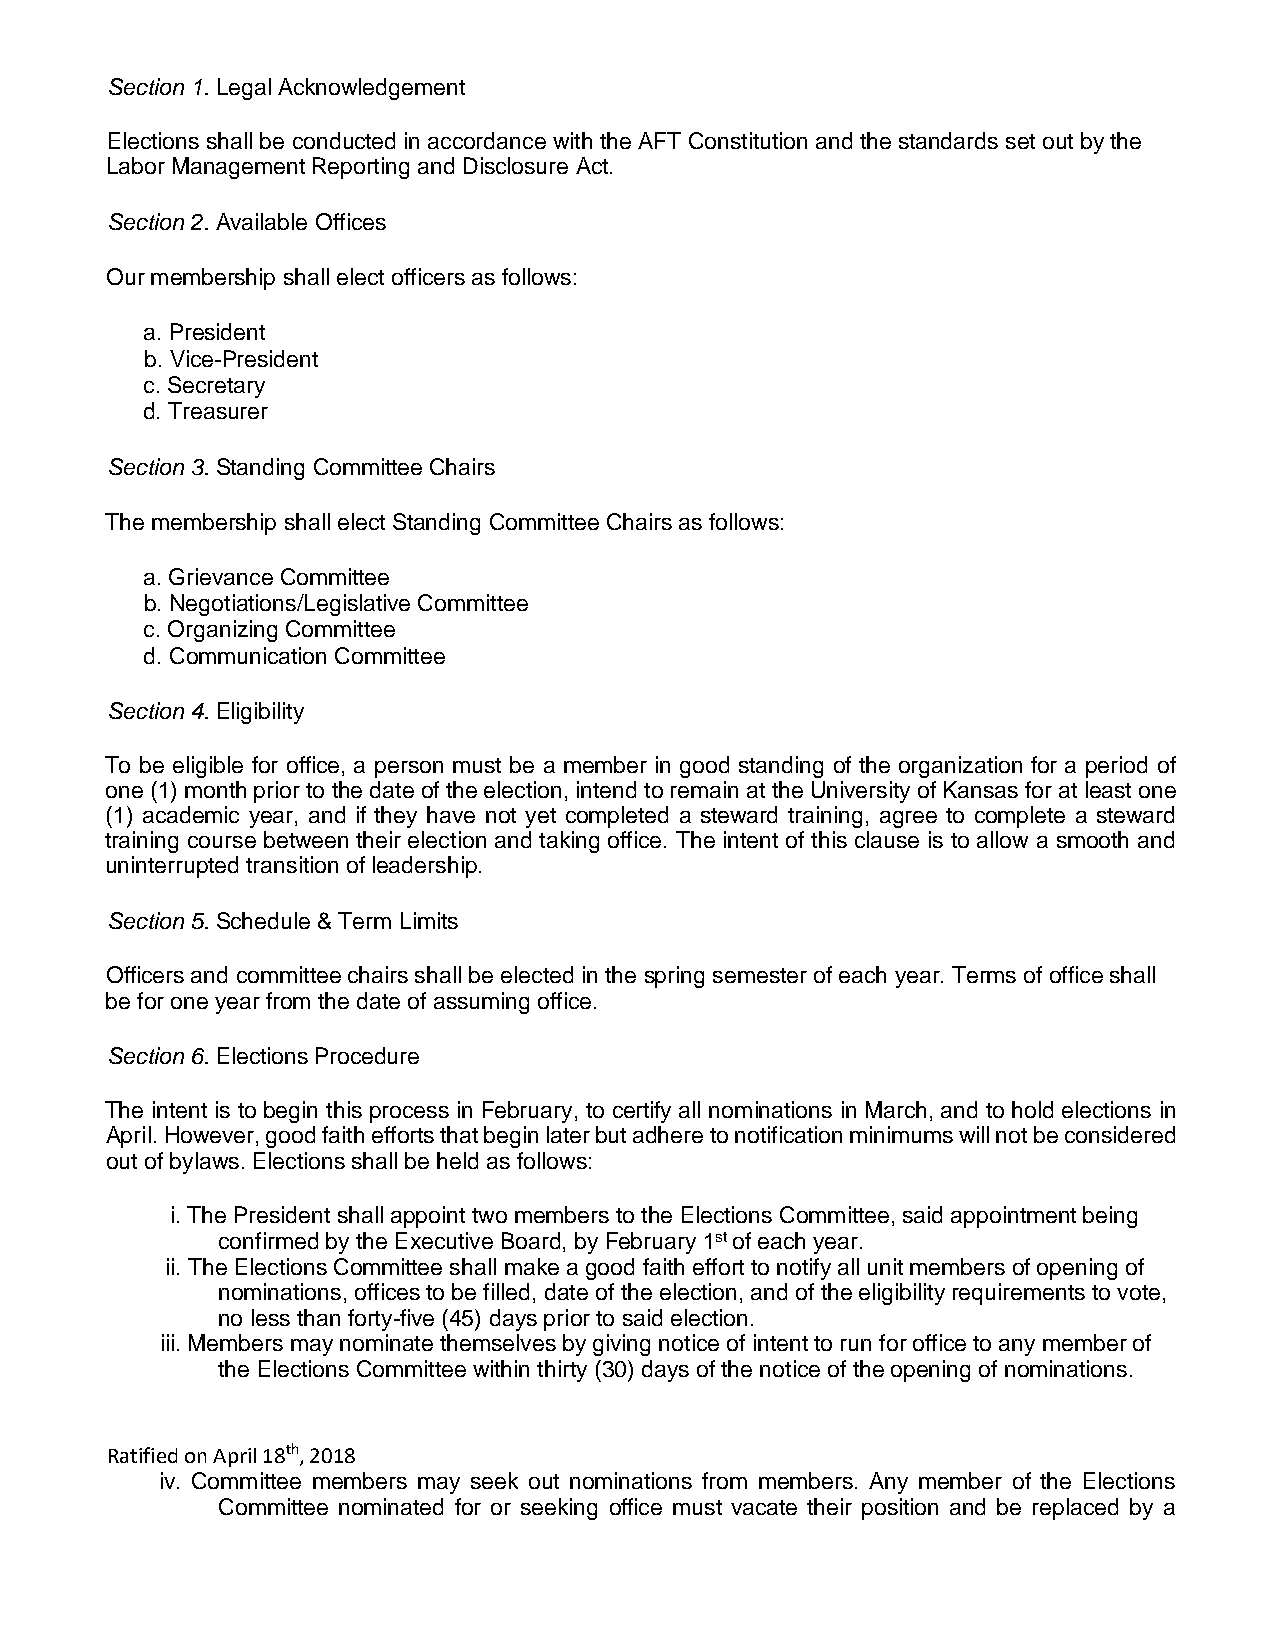
Section 1. Legal Acknowledgement
 Elections shall be conducted in accordance with the AFT Constitution and the standards set out by the
 Labor Management Reporting and Disclosure Act.
 Section 2. Available Offices
 Our membership shall elect officers as follows:
 a. President
 b. Vice-President
 c. Secretary
 d. Treasurer
 Section 3. Standing Committee Chairs
 The membership shall elect Standing Committee Chairs as follows:
 a. Grievance Committee
 b. Negotiations/Legislative Committee
 c. Organizing Committee
 d. Communication Committee
 Section 4. Eligibility
 To be eligible for office, a person must be a member in good standing of the organization for a period of
 one (1) month prior to the date of the election, intend to remain at the University of Kansas for at least one
 (1) academic year, and if they have not yet completed a steward training, agree to complete a steward
 training course between their election and taking office. The intent of this clause is to allow a smooth and
 uninterrupted transition of leadership.
 Section 5. Schedule & Term Limits
 Officers and committee chairs shall be elected in the spring semester of each year. Terms of office shall
 be for one year from the date of assuming office.
 Section 6. Elections Procedure
 The intent is to begin this process in February, to certify all nominations in March, and to hold elections in
 April. However, good faith efforts that begin later but adhere to notification minimums will not be considered
 out of bylaws. Elections shall be held as follows:
 i. The President shall appoint two members to the Elections Committee, said appointment being
 confirmed by the Executive Board, by February 1st of each year.
 ii. The Elections Committee shall make a good faith effort to notify all unit members of opening of
 nominations, offices to be filled, date of the election, and of the eligibility requirements to vote,
 no less than forty-five (45) days prior to said election.
 iii. Members may nominate themselves by giving notice of intent to run for office to any member of
 the Elections Committee within thirty (30) days of the notice of the opening of nominations.
 Ratified on April 18th, 2018
 iv. Committee members may seek out nominations from members. Any member of the Elections
 Committee nominated for or seeking office must vacate their position and be replaced by a